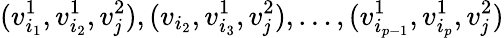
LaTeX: (v_{i_{1}}^{1},v_{i_{2}}^{1},v_{\mathit{j}}^{2}),(v_{i_{2}},v_{i_{3}}^{1},v_{\mathit{j}}^{2}),\ldots,(v_{i_{p-1}}^{1},v_{i_{p}}^{1},v_{\mathit{j}}^{2})